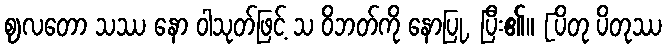
ဈလတော သဿ နော ဝါသုတ်ဖြင့် သ ဝိဘတ်ကို နောပြု, ပြီး၏။ [ပိတု ပိတုဿ